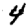
Digit: 4